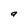
Character: a